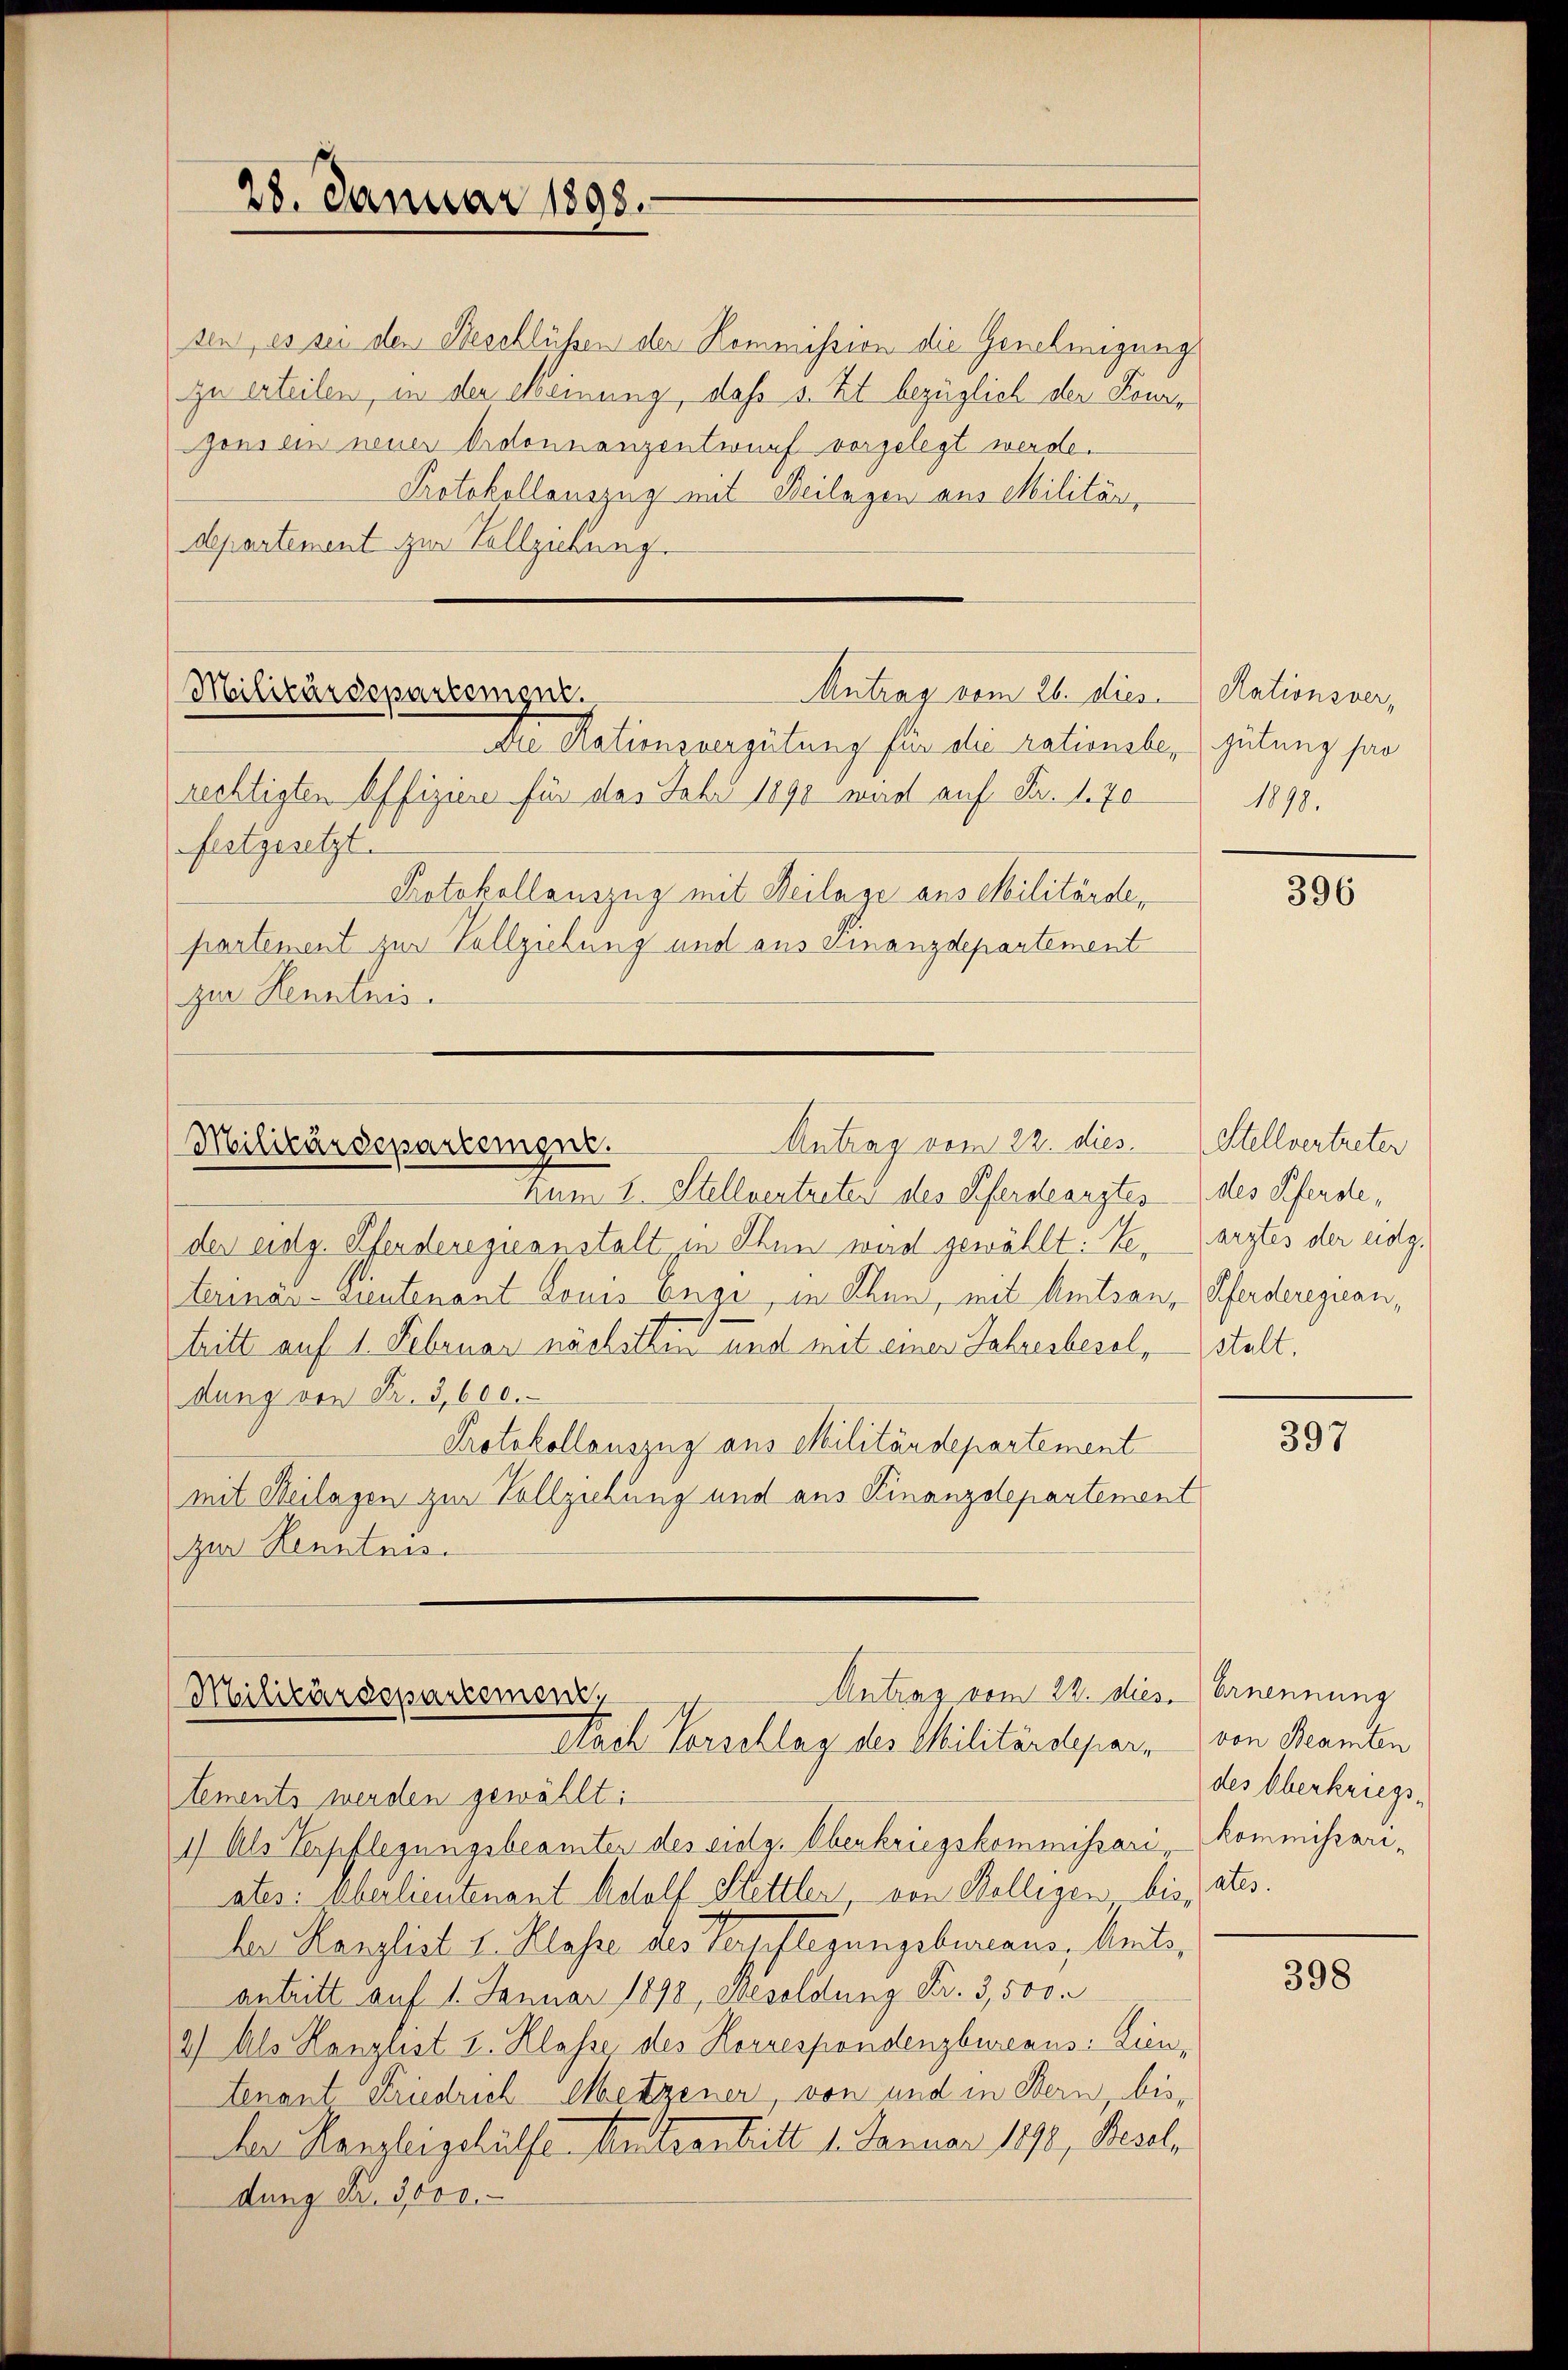
28. Januar 1898.

Antrag vom 26. dies
Militärdepartement.
Die Grationsvergütung für die rationsbe¬

Antrag vom 22. dies
Militärdepartement.

sen, es sei den Beschlüssen der Kommission die Genehmigungs
zu erteilen, in der Meinung, daß s. Zt. bezüglich der Konze
sons ein neuer Ordonnanzentwurf vorgelegt werde.
Protokollauszug mit Beilagen aus Militär,
departement zur Vollziehung.

rechtigten Offiziere für das Jahr 1890 wird auf Fr. 1. 70
festgesetzt.
Protokollauszug mit Beilage aus Militärde,
partement zur Vollziehung und aus Finanzdepartement
(zur Kenntnis

Zum 1. Stellvertreter des Pferdearztes des Pferde,
der eidg. Pferdereguanstalt, in Thun wird gewählt: Bearztes der eidg.
terinär-Lieutenant Louis Engi, in Ehen, mit Amtsan, Pferderegicantritt auf 1 Februar nächsthin und mit einer Jahresbesol, (stalt.
dung von Fr. 3,600.
Protokollauszug aus Militärdepartement
mit Heilagen zur Vollziehung und aus Finanzdepartement
zur Kenntnis.

Antrag vom 22. dies bernennung
Militärdepartemenz
Nach Vorschlag des Militärdepar, von Beamten

tements werden gewählt:
1) Als Verpflegungsbeamter des sitz. Oberkriegskommissari kommissariates: Eberlieutenant Adolf Stettler, von Kollegen bis,
ler Kanzlist v. Klasse des Verpflegungsbureaus, beitsantritt auf 1. Januar 1898, Besoldung Fr. 3,500
2) Als Hanglist u. Klasse des Korrespondenzbweaus: Dientenant Friedrich Metzener von und in Bern, bis¬
Der Kanzleigshülfe Katastritt 1. Januar 1878, Besel
dung Nr. 3000.

Rationsvergütung so
1898.

396

Stellvertreter

397

des Oberkriegsates.

398